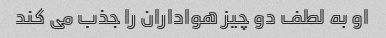
او به لطف دو چیز هواداران را جذب می کند